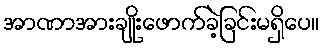
အာဏာအားချိုးဖောက်ခဲ့ခြင်းမရှိပေ။